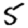
Digit: 5